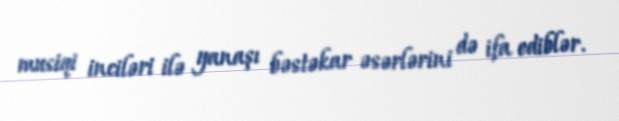
musiqi inciləri ilə yanaşı bəstəkar əsərlərini də ifa ediblər.